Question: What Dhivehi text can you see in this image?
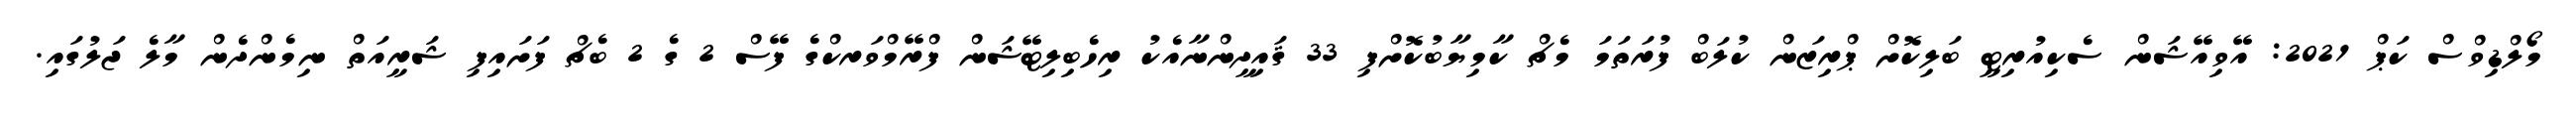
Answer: މޯލްޑިވްސް ކަޕް 2021: އޭވިއޭޝަން ސެކިއުރިޓީ ބަލިކޮށް ޕްރިޒަން ކުލަބް ފުރަތަމަ މެޗް ކާމިޔާބުކޮށްފި 33 ޤައިދީންނާއެކު ރިހެބިލިޓޭޝަން ފްރޭމްވަރކްގެ ފޭސް 2 ގެ 2 ބެޗް ފަށައިފި ޝަރީއަތް ނިމެންދެން މާލެ ޖަލުގައި.